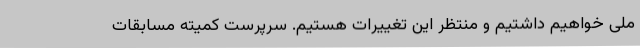
ملی خواهیم داشتیم و منتظر این تغییرات هستیم. سرپرست کمیته مسابقات